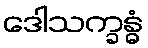
ဒေါသက္ခန္ဓံ